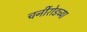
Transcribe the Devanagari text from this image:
चर्नीरोडच्या